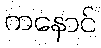
ကနောင်